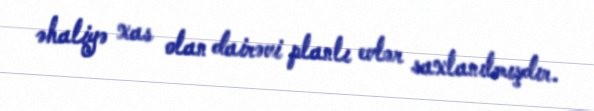
əhaliyə xas olan dairəvi planlı evlər saxlanılmışdır.